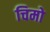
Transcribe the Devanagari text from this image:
चिमो